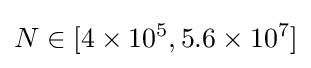
N\in [4\times 10^{5},5.6\times 10^{7}]